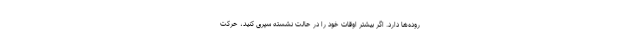
روده‌ها دارد. اگر بیشتر اوقات خود را در حالت نشسته سپری کنید، حرکت